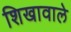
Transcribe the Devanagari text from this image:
शिखावाले